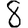
Digit: 8